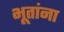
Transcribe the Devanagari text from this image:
भूतांना